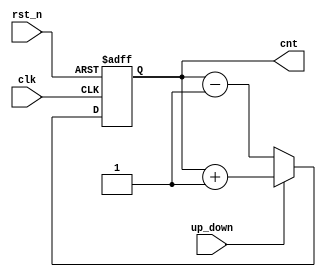
// Up-down counter 

module cnt_updown 
#( 
  parameter WIDTH=16
)
(
 input                  clk,
 input                  rst_n,
 input                  up_down, 
 output reg [WIDTH-1:0] cnt
 );
   
   always@(posedge clk or negedge rst_n)
     begin
        if(!rst_n)
          cnt <= {WIDTH{1'b0}};
        else if(up_down)
          cnt <= cnt + 1'b1;
        else
          cnt <= cnt - 1'b1;
     end
   
endmodule // cnt_updown